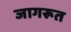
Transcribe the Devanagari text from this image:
जागरूत